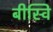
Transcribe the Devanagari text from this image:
बीस्वि